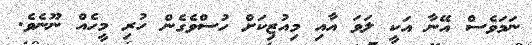
ނަމަވެސް އޭނާ އަކީ ލަވަ އާއި މިއުޒިކަށް ހުސްވެގެން ހުރި މީހެއް ނޫނެވެ.